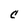
Character: C